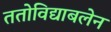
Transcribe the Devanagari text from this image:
ततोविद्याबलेन